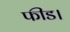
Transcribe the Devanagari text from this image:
फीड।